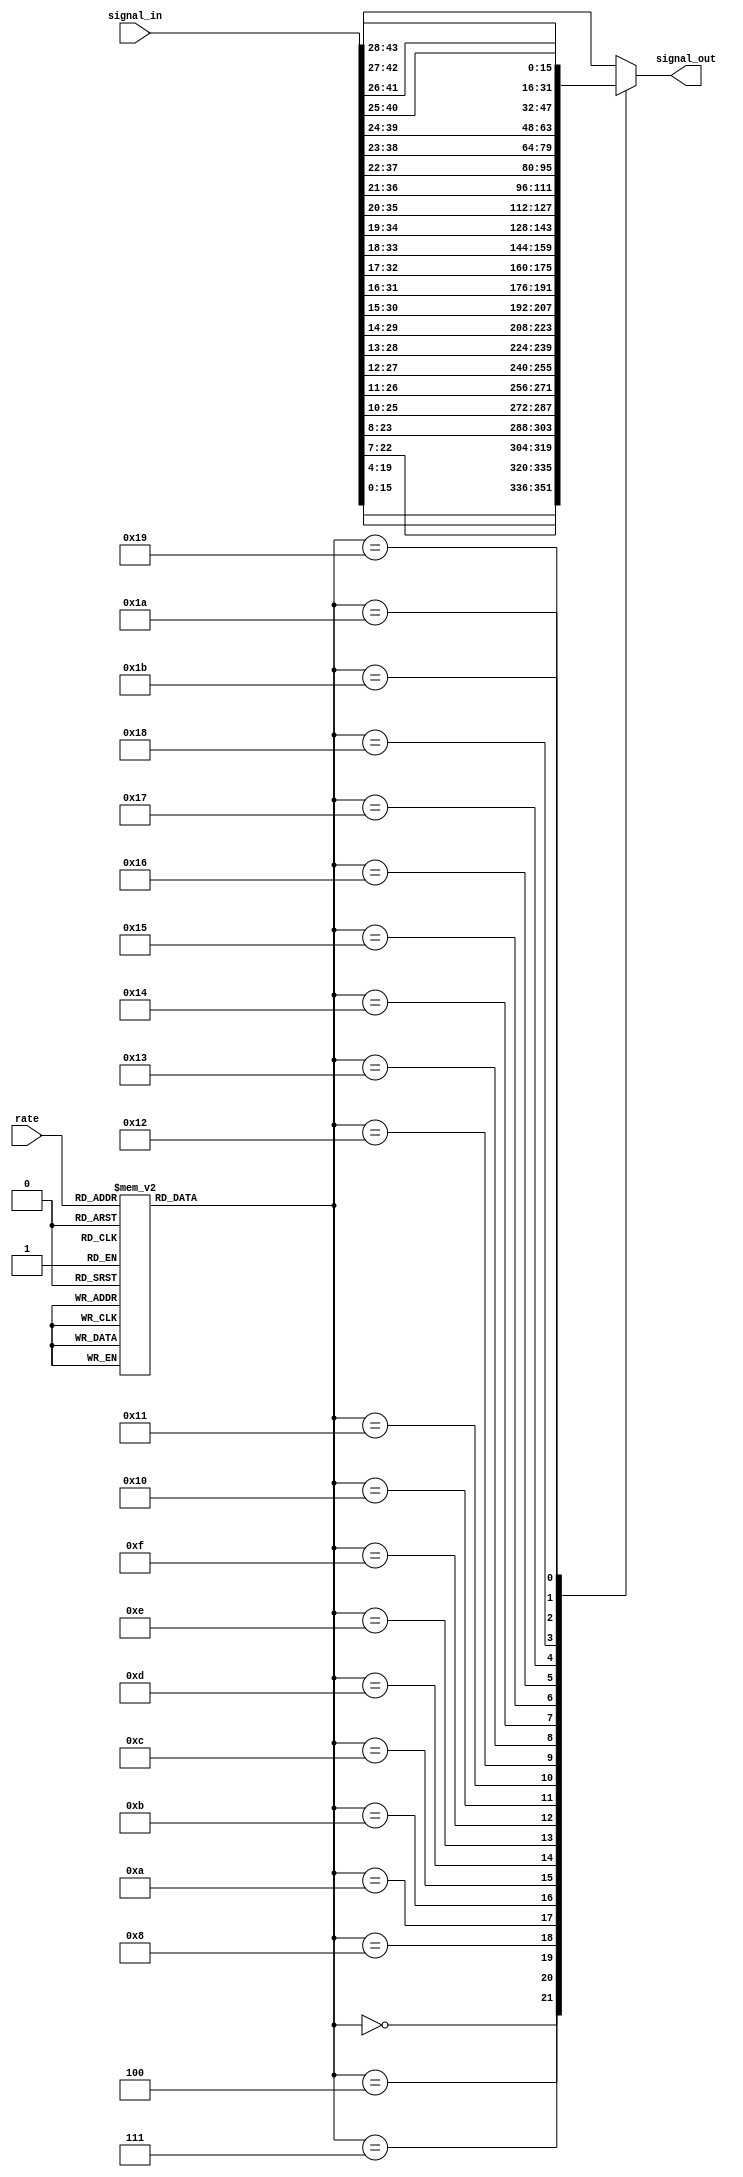
// -*- verilog -*-
//
//  USRP - Universal Software Radio Peripheral
//
//  Copyright (C) 2003 Matt Ettus
// 
//  SPDX-License-Identifier: LGPL-3.0-or-later
//

//


// NOTE   This only works for N=4, max decim rate of 128
// NOTE   signal "rate" is EQUAL TO the actual rate, no more -1 BS

module cic_dec_shifter(rate,signal_in,signal_out);
   parameter bw = 16;
   parameter maxbitgain = 28;

   input [7:0] rate;
   input       wire [bw+maxbitgain-1:0] signal_in;
   output      reg [bw-1:0] signal_out;

   function [4:0] bitgain;
      input [7:0] rate;
      case(rate)
	// Exact Cases -- N*log2(rate)
	8'd1 : bitgain = 0;
	8'd2 : bitgain = 4;
	8'd4 : bitgain = 8;
	8'd8 : bitgain = 12;
	8'd16 : bitgain = 16;
	8'd32 : bitgain = 20;
	8'd64 : bitgain = 24;
	8'd128 : bitgain = 28;
	
	// Nearest without overflow -- ceil(N*log2(rate))
	8'd3 : bitgain = 7;
	8'd5 : bitgain = 10;
	8'd6 : bitgain = 11;
	8'd7 : bitgain = 12;
	8'd9 : bitgain = 13;
	8'd10,8'd11 : bitgain = 14;
	8'd12,8'd13 : bitgain = 15;
	8'd14,8'd15 : bitgain = 16;
	8'd17,8'd18,8'd19 : bitgain = 17;
	8'd20,8'd21,8'd22 : bitgain = 18;
	8'd23,8'd24,8'd25,8'd26 : bitgain = 19;
	8'd27,8'd28,8'd29,8'd30,8'd31 : bitgain = 20;
	8'd33,8'd34,8'd35,8'd36,8'd37,8'd38 : bitgain = 21;
	8'd39,8'd40,8'd41,8'd42,8'd43,8'd44,8'd45 : bitgain = 22;
	8'd46,8'd47,8'd48,8'd49,8'd50,8'd51,8'd52,8'd53 : bitgain = 23;
	8'd54,8'd55,8'd56,8'd57,8'd58,8'd59,8'd60,8'd61,8'd62,8'd63 : bitgain = 24;
	8'd65,8'd66,8'd67,8'd68,8'd69,8'd70,8'd71,8'd72,8'd73,8'd74,8'd75,8'd76 : bitgain = 25;
	8'd77,8'd78,8'd79,8'd80,8'd81,8'd82,8'd83,8'd84,8'd85,8'd86,8'd87,8'd88,8'd89,8'd90 : bitgain = 26;
	8'd91,8'd92,8'd93,8'd94,8'd95,8'd96,8'd97,8'd98,8'd99,8'd100,8'd101,8'd102,8'd103,8'd104,8'd105,8'd106,8'd107 : bitgain = 27;
	default : bitgain = 28;
      endcase // case(rate)
   endfunction // bitgain
   
   wire [4:0] 	  shift = bitgain(rate);
   
   // We should be able to do this, but can't ....
   // assign 	  signal_out = signal_in[shift+bw-1:shift];
   
   always @*
     case(shift)
       5'd0  : signal_out = signal_in[0+bw-1:0];
       5'd4  : signal_out = signal_in[4+bw-1:4];
       5'd7  : signal_out = signal_in[7+bw-1:7];
       5'd8  : signal_out = signal_in[8+bw-1:8];
       5'd10 : signal_out = signal_in[10+bw-1:10];
       5'd11 : signal_out = signal_in[11+bw-1:11];
       5'd12 : signal_out = signal_in[12+bw-1:12];
       5'd13 : signal_out = signal_in[13+bw-1:13];
       5'd14 : signal_out = signal_in[14+bw-1:14];
       5'd15 : signal_out = signal_in[15+bw-1:15];
       5'd16 : signal_out = signal_in[16+bw-1:16];
       5'd17 : signal_out = signal_in[17+bw-1:17];
       5'd18 : signal_out = signal_in[18+bw-1:18];
       5'd19 : signal_out = signal_in[19+bw-1:19];
       5'd20 : signal_out = signal_in[20+bw-1:20];
       5'd21 : signal_out = signal_in[21+bw-1:21];
       5'd22 : signal_out = signal_in[22+bw-1:22];
       5'd23 : signal_out = signal_in[23+bw-1:23];
       5'd24 : signal_out = signal_in[24+bw-1:24];
       5'd25 : signal_out = signal_in[25+bw-1:25];
       5'd26 : signal_out = signal_in[26+bw-1:26];
       5'd27 : signal_out = signal_in[27+bw-1:27];
       5'd28 : signal_out = signal_in[28+bw-1:28];
       
       default : signal_out = signal_in[28+bw-1:28];
     endcase // case(shift)

endmodule // cic_dec_shifter